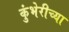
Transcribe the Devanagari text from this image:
कुंभेरीच्या